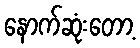
နောက်ဆုံးတော့